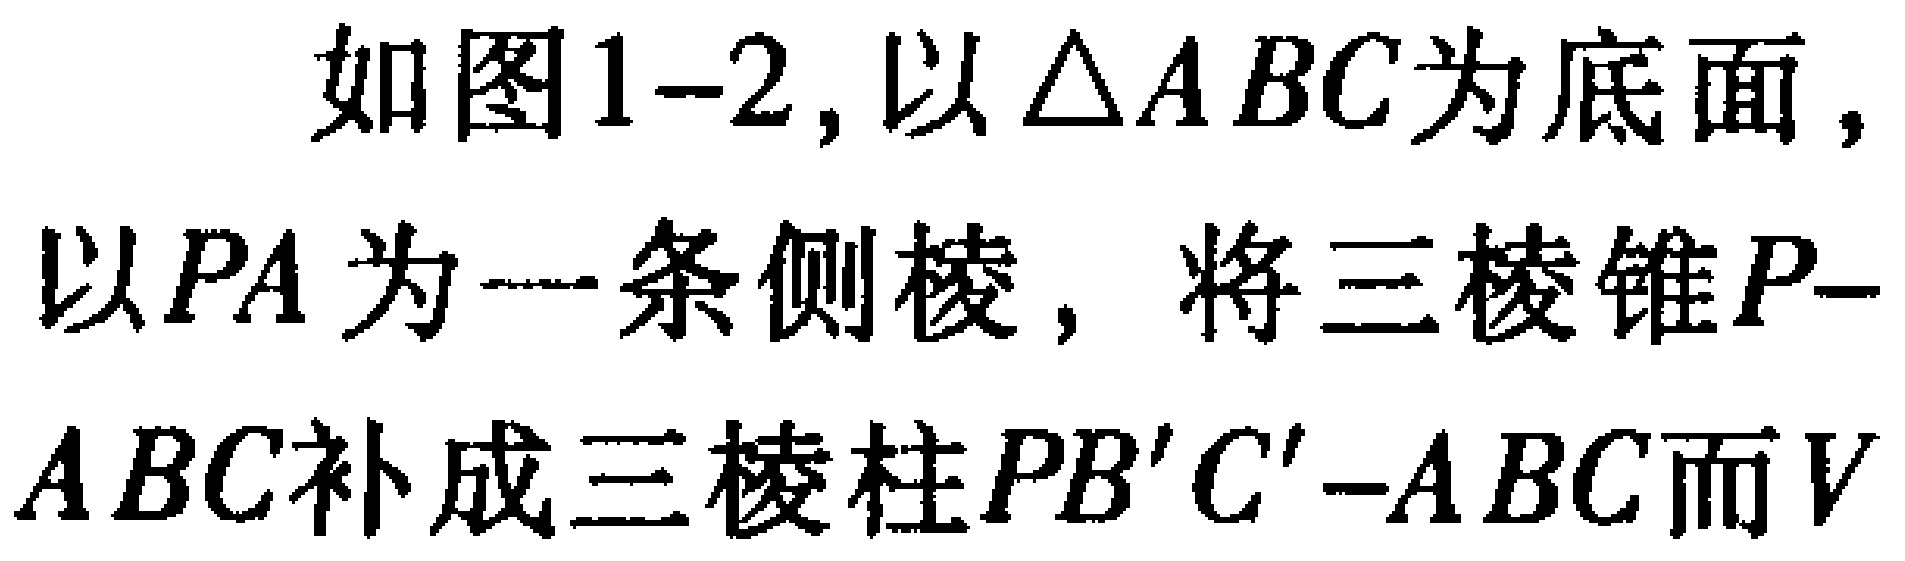
如图1-2, 以$\triangle ABC$为底面, 以$PA$为一条侧棱, 将三棱锥$P - ABC$补成三棱柱$PB'C'-ABC$而$V$